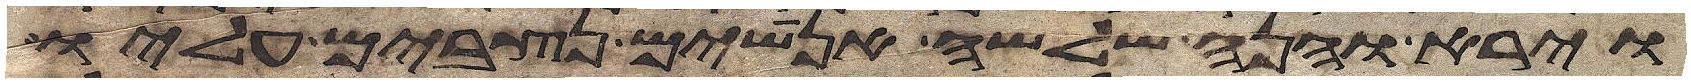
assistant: וירא והנה שלשה אנושים נצבים עליו